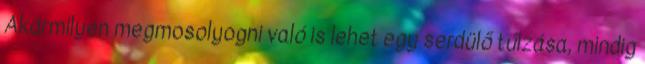
Akármilyen megmosolyogni való is lehet egy serdülő túlzása, mindig